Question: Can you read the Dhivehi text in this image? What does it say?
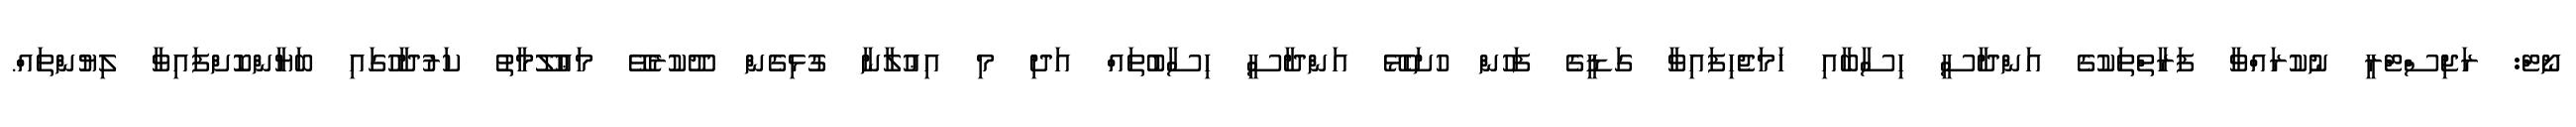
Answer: ނޯޓް: ރަޖިސްޓްރީ ނުކުރައްވާ ފަރާތްތަކުގެ އަންދާސީ ހިސާބާއި ހަމަޖެހިފައިވާ ގަޑީގެ ފަހުން ހުށަހެޅޭ އަންދާސީ ހިސާބުތައް އަދި މި އިޢުލާނާ ގުޅިގެން ދޫކުރެވޭ މަޢުލޫމާތު ކަރުދާހުގައި ބަޔާންކޮށްފައިވާ ލިޔުންތައް.